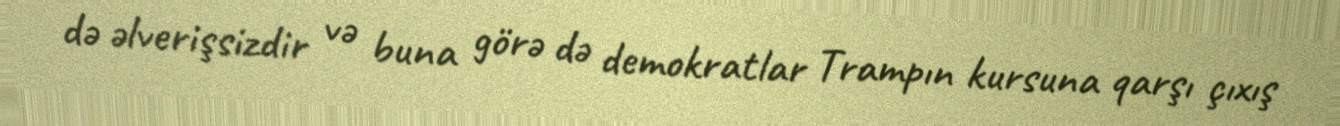
də əlverişsizdir və buna görə də demokratlar Trampın kursuna qarşı çıxış